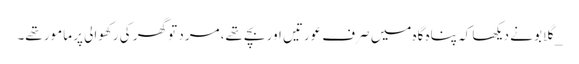
_گلابو نے دیکھا کہ پناہ گاہ میں صرف عورتیں اور بچے تھے، مرد تو گھر کی رکھوالی پر مامور تھے۔